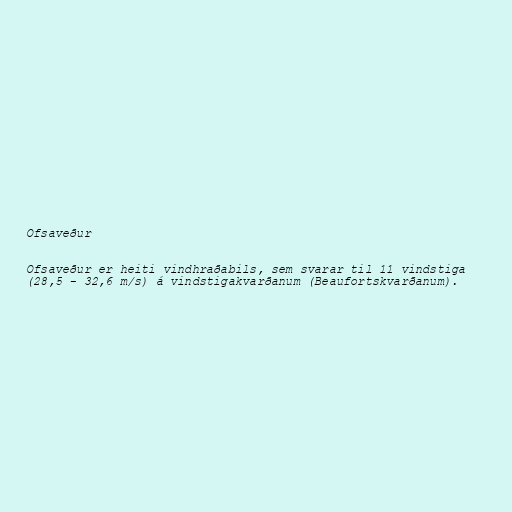
Ofsaveður

Ofsaveður er heiti vindhraðabils, sem svarar til 11 vindstiga
(28,5 - 32,6 m/s) á vindstigakvarðanum (Beaufortskvarðanum).